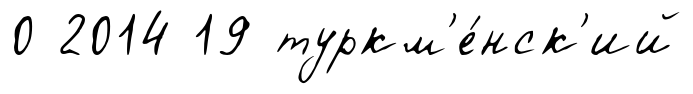
0 2014 19 туркм'е́нск'ий